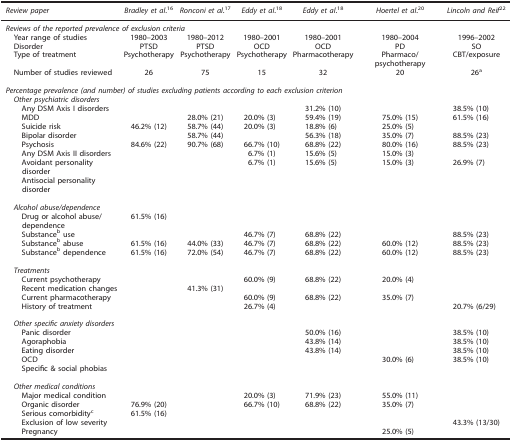
<table><thead><tr><td><b><i>Review paper</i></b></td><td><b><i>Bradley</i><i>et al.</i><sup>16</sup></b></td><td><b><i>Ronconi</i><i>et al.</i><sup>17</sup></b></td><td><b><i>Eddy</i><i>et al.</i><sup>18</sup></b></td><td><b><i>Eddy</i><i>et al.</i><sup>18</sup></b></td><td><b><i>Hoertel</i><i>et al.</i><sup>20</sup></b></td><td><b><i>Lincoln and Reif</i><sup>22</sup></b></td></tr></thead><tbody><tr><td colspan="7"><i>Reviews of the reported prevalence of exclusion criteria</i></td></tr><tr><td> Year range of studies</td><td>1980–2003</td><td>1980–2012</td><td>1980–2001</td><td>1980–2001</td><td>1980–2004</td><td>1996–2002</td></tr><tr><td> Disorder</td><td>PTSD</td><td>PTSD</td><td>OCD</td><td>OCD</td><td>PD</td><td>SO</td></tr><tr><td> Type of treatment</td><td>Psychotherapy</td><td>Psychotherapy</td><td>Psychotherapy</td><td>Pharmacotherapy</td><td>Pharmaco/psychotherapy</td><td>CBT/exposure</td></tr><tr><td> Number of studies reviewed</td><td>26</td><td>75</td><td>15</td><td>32</td><td>20</td><td>26a</td></tr><tr><td> </td><td> </td><td> </td><td> </td><td> </td><td> </td><td> </td></tr><tr><td colspan="7"><i>Percentage prevalence (and number) of studies excluding patients according to each exclusion criterion</i></td></tr><tr><td colspan="7"><i> Other psychiatric disorders</i></td></tr><tr><td><i></i>Any DSM Axis I disorders</td><td> </td><td> </td><td> </td><td>31.2% (10)</td><td> </td><td>38.5% (10)</td></tr><tr><td><i></i>MDD</td><td> </td><td>28.0% (21)</td><td>20.0% (3)</td><td>59.4% (19)</td><td>75.0% (15)</td><td>61.5% (16)</td></tr><tr><td><i></i>Suicide risk</td><td>46.2% (12)</td><td>58.7% (44)</td><td>20.0% (3)</td><td>18.8% (6)</td><td>25.0% (5)</td><td> </td></tr><tr><td><i></i>Bipolar disorder</td><td> </td><td>58.7% (44)</td><td> </td><td>56.3% (18)</td><td>35.0% (7)</td><td>88.5% (23)</td></tr><tr><td><i></i>Psychosis</td><td>84.6% (22)</td><td>90.7% (68)</td><td>66.7% (10)</td><td>68.8% (22)</td><td>80.0% (16)</td><td>88.5% (23)</td></tr><tr><td><i></i>Any DSM Axis II disorders</td><td> </td><td> </td><td>6.7% (1)</td><td>15.6% (5)</td><td>15.0% (3)</td><td> </td></tr><tr><td>Avoidant personality disorder</td><td> </td><td> </td><td>6.7% (1)</td><td>15.6% (5)</td><td>15.0% (3)</td><td>26.9% (7)</td></tr><tr><td>Antisocial personality disorder</td><td> </td><td> </td><td> </td><td> </td><td> </td><td> </td></tr><tr><td> </td><td> </td><td> </td><td> </td><td> </td><td> </td><td> </td></tr><tr><td colspan="7"><i> Alcohol abuse/dependence</i></td></tr><tr><td>Drug or alcohol abuse/dependence</td><td>61.5% (16)</td><td> </td><td> </td><td> </td><td> </td><td> </td></tr><tr><td><i></i>Substanceb use</td><td> </td><td> </td><td>46.7% (7)</td><td>68.8% (22)</td><td> </td><td>88.5% (23)</td></tr><tr><td><i></i>Substanceb abuse</td><td>61.5% (16)</td><td>44.0% (33)</td><td>46.7% (7)</td><td>68.8% (22)</td><td>60.0% (12)</td><td>88.5% (23)</td></tr><tr><td><i></i>Substanceb dependence</td><td>61.5% (16)</td><td>72.0% (54)</td><td>46.7% (7)</td><td>68.8% (22)</td><td>60.0% (12)</td><td>88.5% (23)</td></tr><tr><td> </td><td> </td><td> </td><td> </td><td> </td><td> </td><td> </td></tr><tr><td colspan="7"><i> Treatments</i></td></tr><tr><td><i> </i> Current psychotherapy</td><td> </td><td> </td><td>60.0% (9)</td><td>68.8% (22)</td><td>20.0% (4)</td><td> </td></tr><tr><td><i></i>Recent medication changes</td><td> </td><td>41.3% (31)</td><td> </td><td> </td><td> </td><td> </td></tr><tr><td><i> </i> Current pharmacotherapy</td><td> </td><td> </td><td>60.0% (9)</td><td>68.8% (22)</td><td>35.0% (7)</td><td> </td></tr><tr><td><i> </i> History of treatment</td><td> </td><td> </td><td>26.7% (4)</td><td> </td><td> </td><td>20.7% (6/29)</td></tr><tr><td> </td><td> </td><td> </td><td> </td><td> </td><td> </td><td> </td></tr><tr><td colspan="7"><i> Other specific anxiety disorders</i></td></tr><tr><td><i> </i> Panic disorder</td><td> </td><td> </td><td> </td><td>50.0% (16)</td><td> </td><td>38.5% (10)</td></tr><tr><td><i></i>Agoraphobia</td><td> </td><td> </td><td> </td><td>43.8% (14)</td><td> </td><td>38.5% (10)</td></tr><tr><td><i> </i> Eating disorder</td><td> </td><td> </td><td> </td><td>43.8% (14)</td><td> </td><td>38.5% (10)</td></tr><tr><td><i> </i> OCD</td><td> </td><td> </td><td> </td><td> </td><td>30.0% (6)</td><td>38.5% (10)</td></tr><tr><td>Specific &amp; social phobias</td><td> </td><td> </td><td> </td><td> </td><td> </td><td> </td></tr><tr><td> </td><td> </td><td> </td><td> </td><td> </td><td> </td><td> </td></tr><tr><td colspan="7"><i> Other medical conditions</i></td></tr><tr><td><i> </i> Major medical condition</td><td> </td><td> </td><td>20.0% (3)</td><td>71.9% (23)</td><td>55.0% (11)</td><td> </td></tr><tr><td><i></i>Organic disorder</td><td>76.9% (20)</td><td> </td><td>66.7% (10)</td><td>68.8% (22)</td><td>35.0% (7)</td><td> </td></tr><tr><td><i></i>Serious comorbidityc</td><td>61.5% (16)</td><td> </td><td> </td><td> </td><td> </td><td> </td></tr><tr><td><i></i>Exclusion of low severity</td><td> </td><td> </td><td> </td><td> </td><td> </td><td>43.3% (13/30)</td></tr><tr><td><i> </i> Pregnancy</td><td> </td><td> </td><td> </td><td> </td><td>25.0% (5)</td><td> </td></tr></tbody></table>